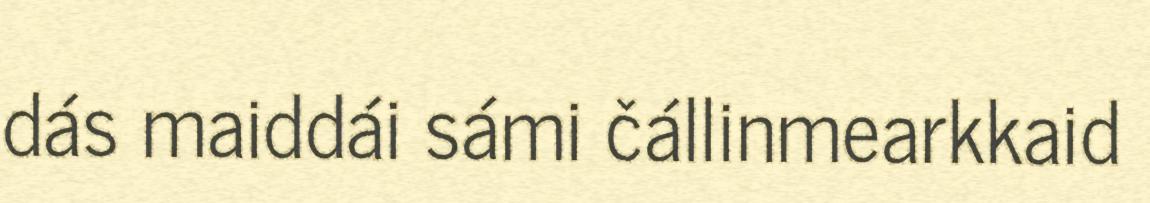
dás maiddái sámi čállinmearkkaid